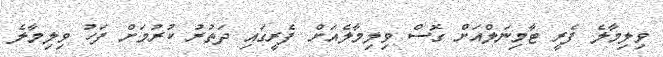
ވިލިމާލެ ފެރީ ޓާމިނަލްއަށް ގޮސް ވިލިމާލެއަށް ފެރީގައި ދަތުރު ކުރުމަށް ފަހު ވިލިމާލެ